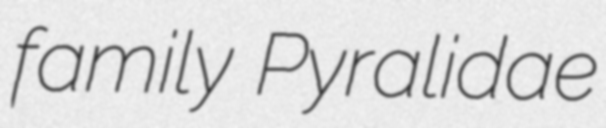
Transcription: family Pyralidae